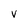
Character: V